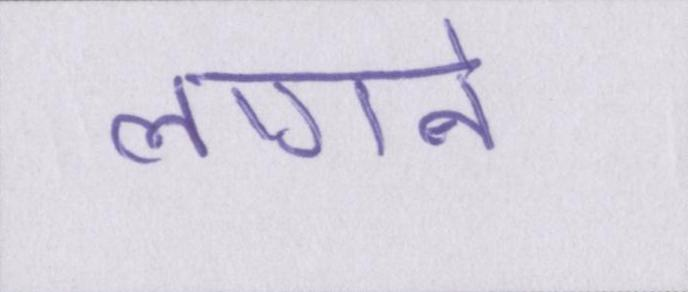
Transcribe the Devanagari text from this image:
लागने